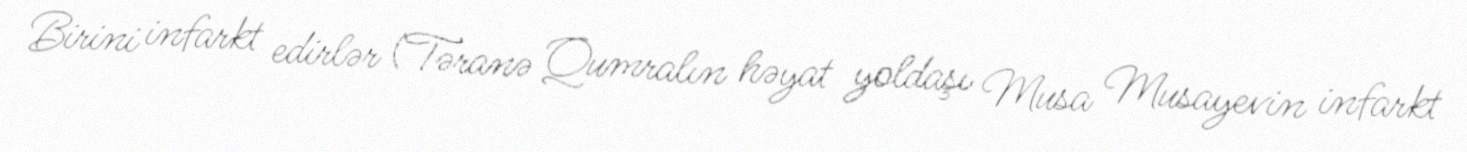
Birini infarkt edirlər (Təranə Qumralın həyat yoldaşı Musa Musayevin infarkt